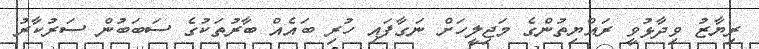
ރިޔާޒު ވިދާޅުވީ ރައްޔިތުންގެ މަޖިލީހަށް ނަގާފައި ހުރި ބައެއް ބާރުތަކުގެ ސަަބަބުން ސަރުކާރު